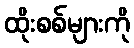
ထိုးစစ်များကို